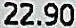
22.90